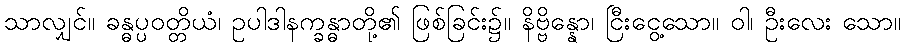
သာလျှင်။ ခန္ဓပ္ပဝတ္တိယံ၊ ဥပါဒါနက္ခန္ဓာတို့၏ ဖြစ်ခြင်း၌။ နိဗ္ဗိန္နော၊ ငြီးငွေ့သော။ ဝါ၊ ဦးလေး သော။